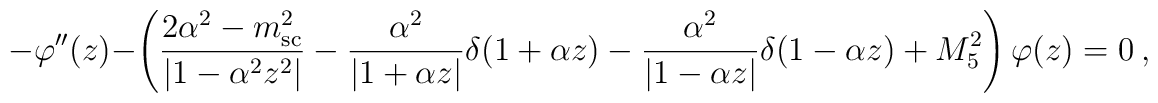
-\varphi '' (z) - \left(\frac{2\alpha ^2 - m_{\rm sc}^2}{|1 - \alpha^2 z^2 |}-  \frac{\alpha ^2}{|1 + \alpha z |}\delta (1 + \alpha z) - \frac{\alpha ^2}{|1 - \alpha z |} \delta (1-\alpha z)+ M_5^2 \right)\varphi  (z) =0~,